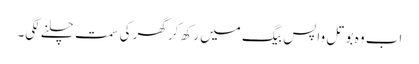
اب وہ بوتل واپس بیگ میں رکھ کر گھر کی سمت چلنے لگی۔